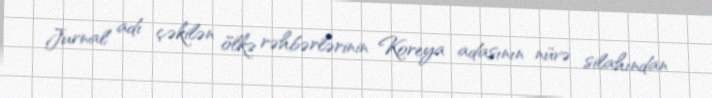
Jurnal adı çəkilən ölkə rəhbərlərinin Koreya adasının nüvə silahından